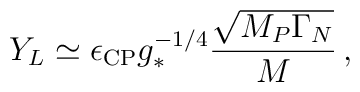
Y_{L} \simeq \epsilon_{\rm CP} g_*^{-1/4} \frac{ \sqrt{M_P\Gamma_N}}{M} \,,